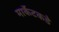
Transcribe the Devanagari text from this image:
मार्केटकडे